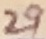
Text: 29